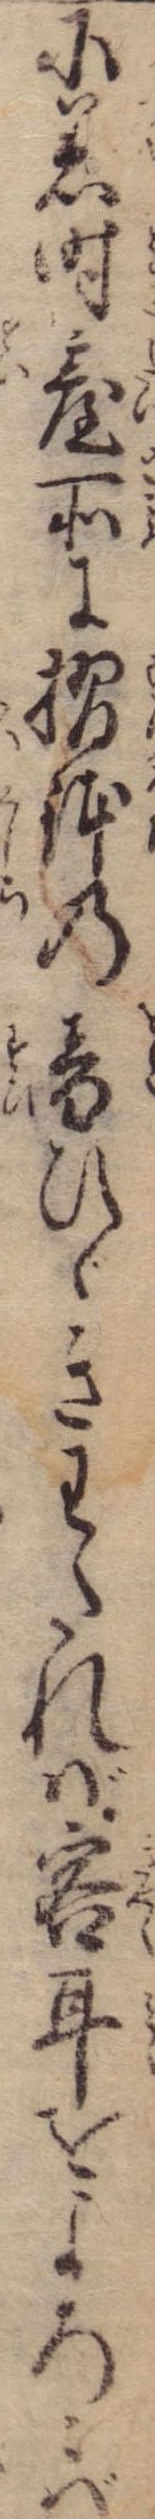
に着時台所に摺鉢の音ひゞきわたれば客耳をよろこば